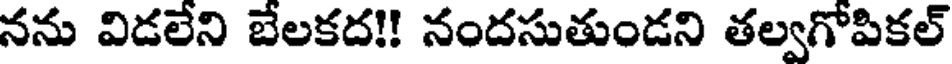
నను విడలేని బేలకద!! నందసుతుండని తల్వగోపికల్